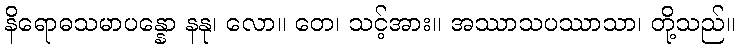
နိရောဓသမာပန္နော နနု၊ လော။ တေ၊ သင့်အား။ အဿာသပဿာသာ၊ တို့သည်။